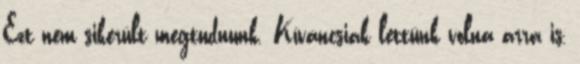
Ezt nem sikerült megtudnunk. Kíváncsiak lettünk volna arra is,